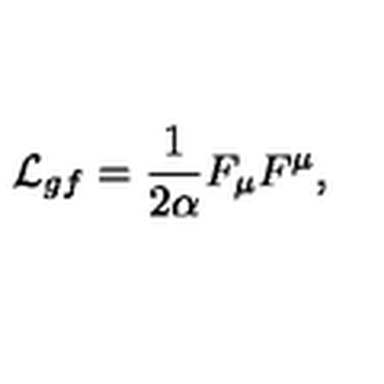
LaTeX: { \cal L } _ { g f } = \frac 1 { 2 \alpha } F _ { \mu } F ^ { \mu } ,